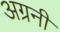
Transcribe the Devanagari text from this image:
अग्रनी